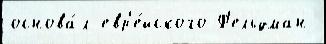
основа́л евр'е́йского Ф'ельдман